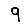
Digit: 9